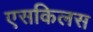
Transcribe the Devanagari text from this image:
एसकिलस